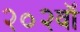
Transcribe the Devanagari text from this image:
२०२वॉ